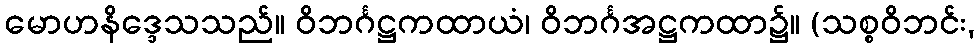
မောဟနိဒ္ဒေသသည်။ ဝိဘင်္ဂဋ္ဌကထာယံ၊ ဝိဘင်္ဂအဋ္ဌကထာ၌။ (သစ္စဝိဘင်း,